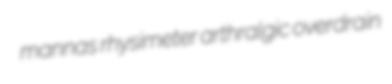
mannas rhysimeter arthralgic overdrain